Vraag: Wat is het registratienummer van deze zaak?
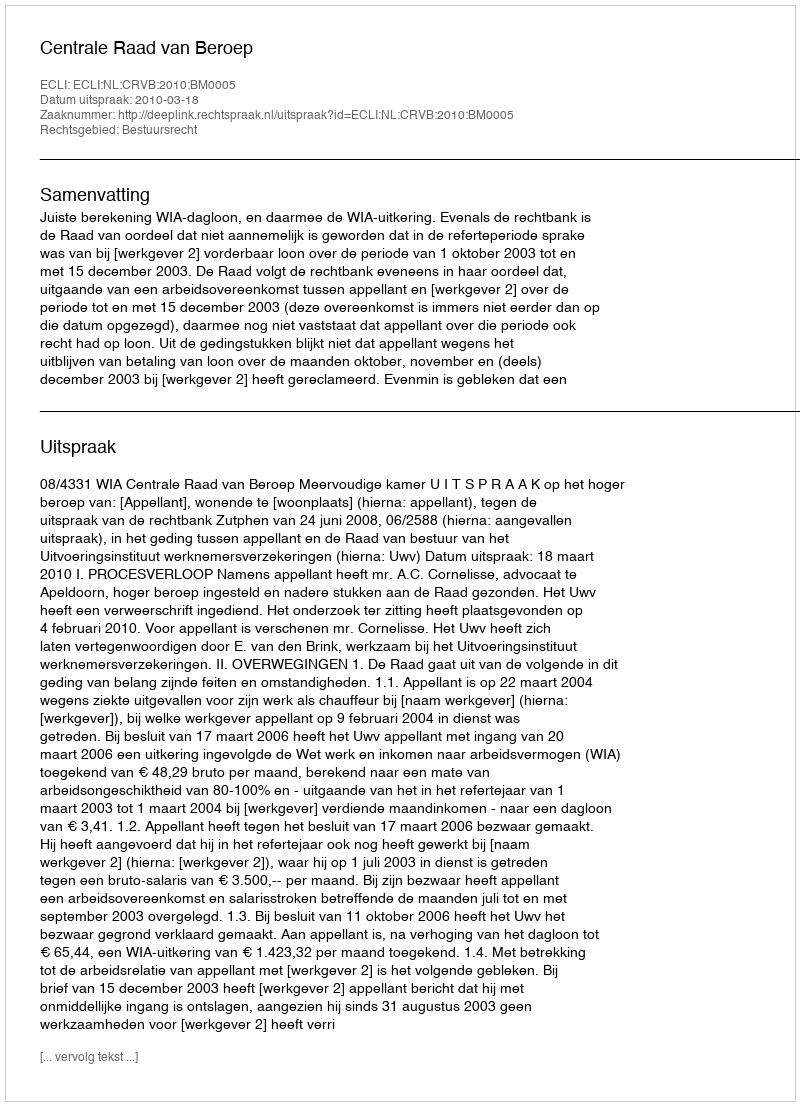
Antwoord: http://deeplink.rechtspraak.nl/uitspraak?id=ECLI:NL:CRVB:2010:BM0005